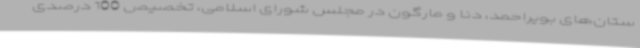
ستان‌های بویراحمد، دنا و مارگون در مجلس شورای اسلامی، تخصیص 100 درصدی